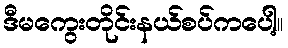
ဒီမကွေးတိုင်းနယ်စပ်ကပေါ့။